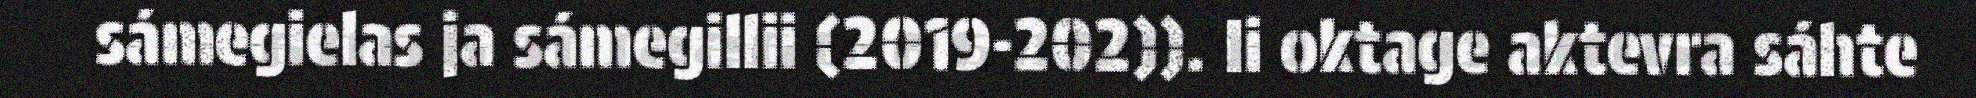
sámegielas ja sámegillii (2019-202)). Ii oktage aktevra sáhte